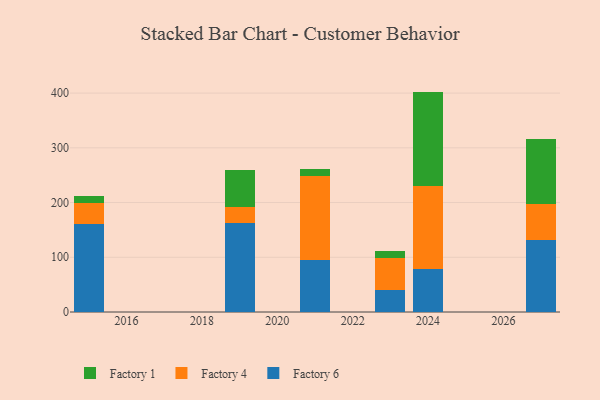
{"axis": {"x": "Year", "y": "Active Users"}, "legend": ["Factory 1", "Factory 4", "Factory 6"], "data": [{"x": "2027", "y": 131.9, "type": "Factory 6"}, {"x": "2027", "y": 66.1, "type": "Factory 4"}, {"x": "2027", "y": 117.6, "type": "Factory 1"}, {"x": "2019", "y": 162.8, "type": "Factory 6"}, {"x": "2019", "y": 28.7, "type": "Factory 4"}, {"x": "2019", "y": 67.2, "type": "Factory 1"}, {"x": "2021", "y": 94.5, "type": "Factory 6"}, {"x": "2021", "y": 154.1, "type": "Factory 4"}, {"x": "2021", "y": 13.5, "type": "Factory 1"}, {"x": "2015", "y": 160.6, "type": "Factory 6"}, {"x": "2015", "y": 39.3, "type": "Factory 4"}, {"x": "2015", "y": 12.9, "type": "Factory 1"}, {"x": "2024", "y": 77.8, "type": "Factory 6"}, {"x": "2024", "y": 151.6, "type": "Factory 4"}, {"x": "2024", "y": 173.3, "type": "Factory 1"}, {"x": "2023", "y": 39.5, "type": "Factory 6"}, {"x": "2023", "y": 58.5, "type": "Factory 4"}, {"x": "2023", "y": 13.3, "type": "Factory 1"}]}